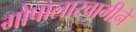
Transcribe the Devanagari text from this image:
गोपालास्वामीने